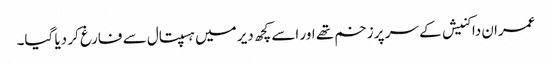
عمران داکنیش کے سر پر زخم تھے اور اسے کچھ دیر میں ہسپتال سے فارغ کر دیا گیا۔